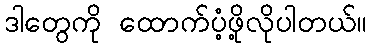
ဒါတွေကို ထောက်ပံ့ဖို့လိုပါတယ်။